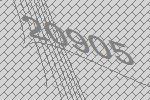
20905